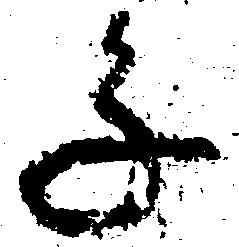
子